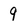
Character: 9